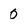
Character: 0